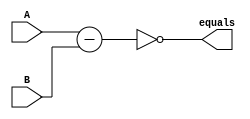
/******************************************************************
* Description
*	This is a  an 3to1 multiplexer that can be parameterized in its bit-width.
*	1.0
* Author:
*	Miguel Flores Ruiz de Eguino
* Date:
*	05/02/2014
******************************************************************/

module EqualsComparator
#(
	parameter DATA_SIZE=32
)
(
    input[DATA_SIZE-1:0] A,
    input[DATA_SIZE-1:0] B,
    output equals
);

assign equals = (A - B) == 0;

endmodule